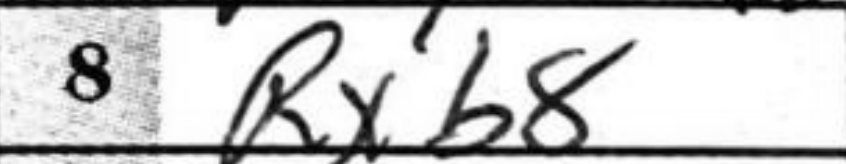
Transcription: Rxb8